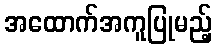
အထောက်အကူပြုမည့်